Burma Government Medical School reports 1923-41
Year: 1923
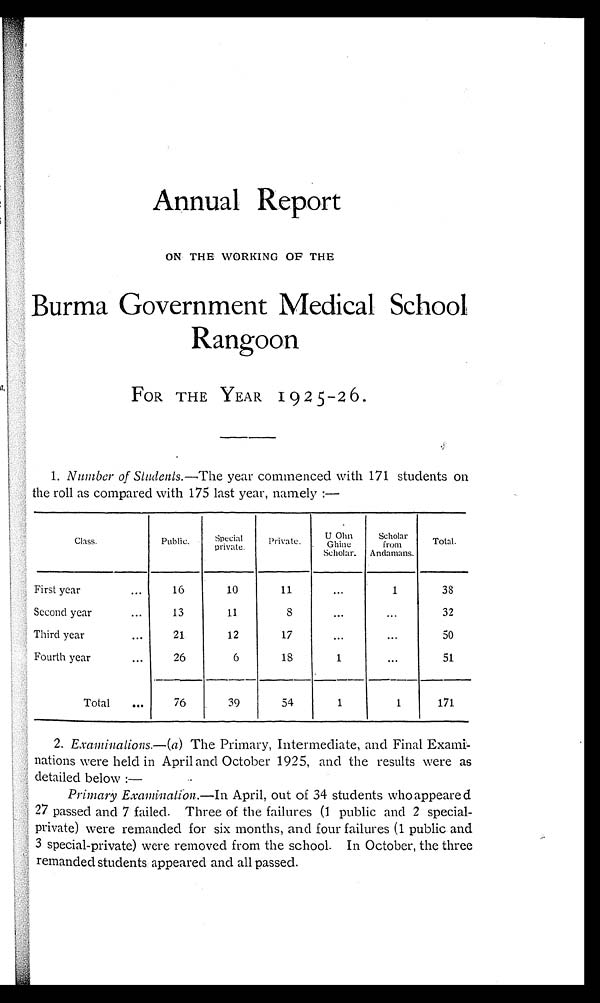
Annual Report
ON THE WORKING OF THE
Burma Government Medical School
Rangoon
FOR THE YEAR 1925-26 .
1. Number of Students.—The year commenced with 171 students on
the roll as compared with 175 last year, namely:—
Class.
Public.
Special
private.
Private.
U Ohn
Ghine
Scholar.
Scholar
from
Andamans.
Total.
First year . . .
1 6
1 0
11
. . .
1
38
Second year . . .
1 3
11
8
. . .
. . .
32
Third year . . .
2 1
12
17
. . .
. . .
50
Fourth year . . .
2 6
6
18
1
. . .
51
Total . . .
76
39
54
1
1
171
2. Examinations.— (a) The Primary, Intermediate, and Final Exami
- n a t i o n s w e r e h e l d i n A p r i l a n d O c t o b e r 1 9 2 5 , a n d t h e r e s u l t s w e r e a s
detailed below:
—
Primary Examination.—In April, out of 34 students who appeared
27 passed and 7 failed. Three of the failures (1 public and 2 special
-private) were remanded for six months, and four failures (1 public and
3 special-private) were removed from the school. In October, the three
remanded students appeared and all passed.